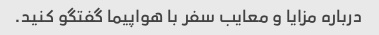
درباره مزایا و معایب سفر با هواپیما گفتگو کنید.